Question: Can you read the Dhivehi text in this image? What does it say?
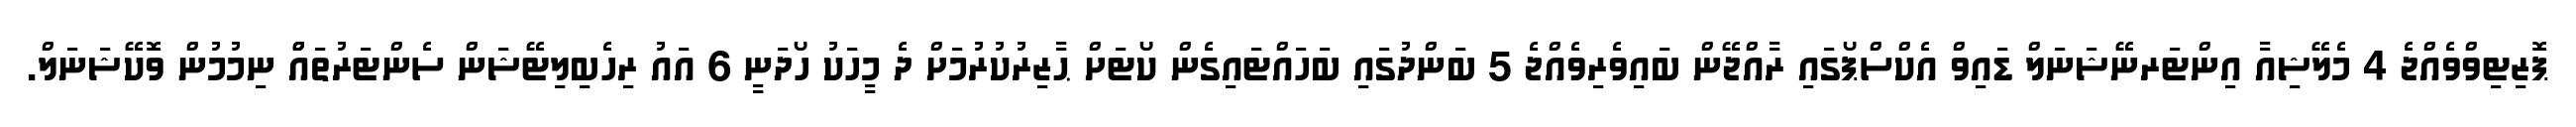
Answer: ޕަޮޒިޓިވްވެއްޖެ 4 މެލޭޝިއާ އިންޓަރނޭޝަނަލް ޑައިވް އެކްސްޕޯގައި ރާއްޖޭން ބައިވެރިވެއްޖެ 5 ބަންދުގައި ބަހައްޓައިގެން ކޯޓަށް ޙާޒިރުކުރުމަށް ދެ މީހަކު ހޯދަނީ 6 އައު ރިހެބިލިޓޭޝަން ސެންޓަރުތައްް ނިމުމުން ވޮކޭޝަނަލް.